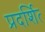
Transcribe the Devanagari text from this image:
प्रदर्शित्‍